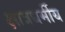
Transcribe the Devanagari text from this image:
क्षात्रधर्मीय